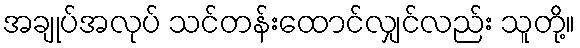
အချုပ်အလုပ် သင်တန်းထောင်လျှင်လည်း သူတို့။